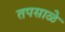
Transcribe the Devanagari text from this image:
तपसाळे